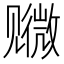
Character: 𫌭